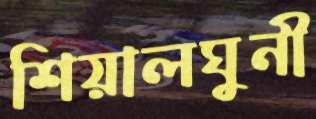
শিয়ালঘুনী